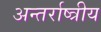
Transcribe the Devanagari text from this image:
अन्तर्राष्त्रीय